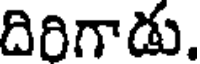
దిరిగాడు.